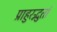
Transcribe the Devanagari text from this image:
प्राहुरद्भुतां